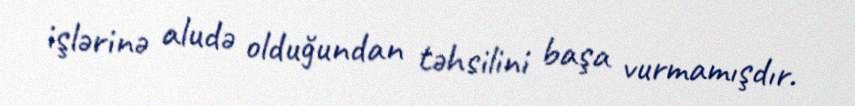
işlərinə aludə olduğundan təhsilini başa vurmamışdır.